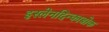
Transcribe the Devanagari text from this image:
इस्लेनदिन्काबोक